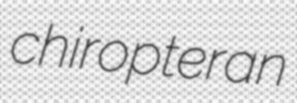
chiropteran